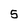
Character: 5